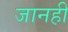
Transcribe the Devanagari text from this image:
जानहीं